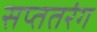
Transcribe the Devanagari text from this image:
सप्ततरंग